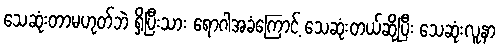
သေဆုံးတာမဟုတ်ဘဲ ရှိပြီးသား ရောဂါအခံကြောင့် သေဆုံးတယ်ဆိုပြီး သေဆုံးလူနာ